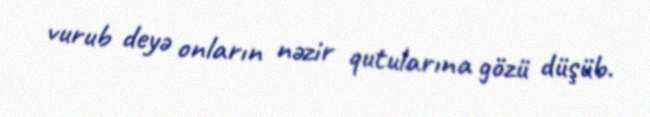
vurub deyə onların nəzir qutularına gözü düşüb.